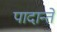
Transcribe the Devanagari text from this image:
पादान्ते